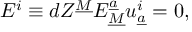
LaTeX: E ^ { i } \equiv d Z ^ { \underline { { { M } } } } E _ { \underline { { { M } } } } ^ { \underline { { { a } } } } u _ { \underline { { { a } } } } ^ { i } = 0 ,